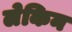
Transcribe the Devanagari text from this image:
लेकिन